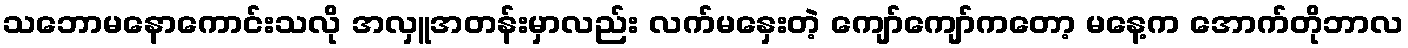
သဘောမနောကောင်းသလို အလှူအတန်းမှာလည်း လက်မနှေးတဲ့ ကျော်ကျော်ကတော့ မနေ့က အောက်တိုဘာလ